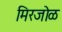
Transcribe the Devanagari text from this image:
मिरजोळ